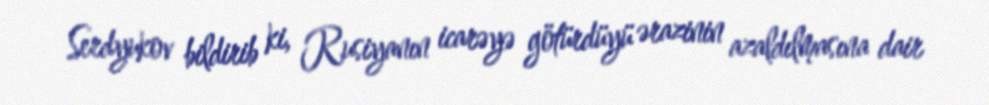
Serdyukov bildirib ki, Rusiyanın icarəyə götürdüyü ərazinin azaldılmasına dair